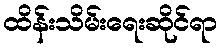
ထိန်းသိမ်းရေးဆိုင်ရာ